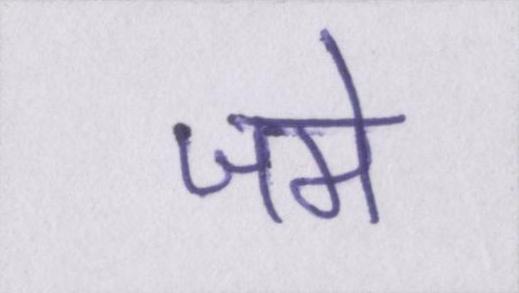
जमे